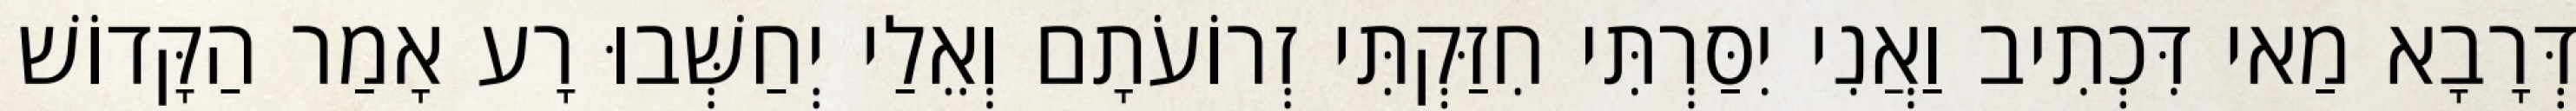
דְּרָבָא מַאי דִּכְתִיב וַאֲנִי יִסַּרְתִּי חִזַּקְתִּי זְרוֹעֹתָם וְאֵלַי יְחַשְּׁבוּ רָע אָמַר הַקָּדוֹשׁ